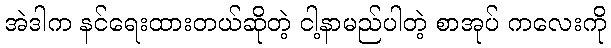
အဲဒါက နင်ရေးထားတယ်ဆိုတဲ့ ငါ့နာမည်ပါတဲ့ စာအုပ် ကလေးကို